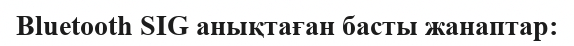
Bluetooth SIG анықтаған басты жанаптар: